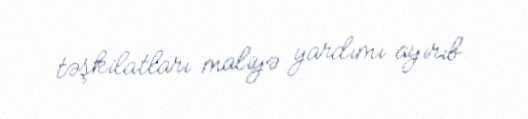
təşkilatları maliyə yardımı ayırıb.